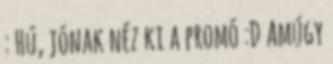
: Hú, jónak néz ki a promó :D Amúgy